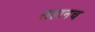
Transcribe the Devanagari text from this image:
लहानच